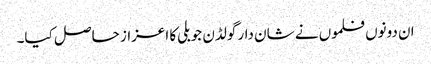
ان دونوں فلموں نے شان دار گولڈن جوبلی کا اعزاز حاصل کیا۔